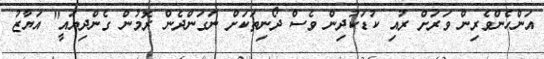
އަންހެންވެރިން ވަރަށް ރުއި ކުޑަކުދިން ވެސް ދޯނިތަކަށް ނަގަންދެން ރޮމުން ގެންދިޔައީ" އަޔާޒު